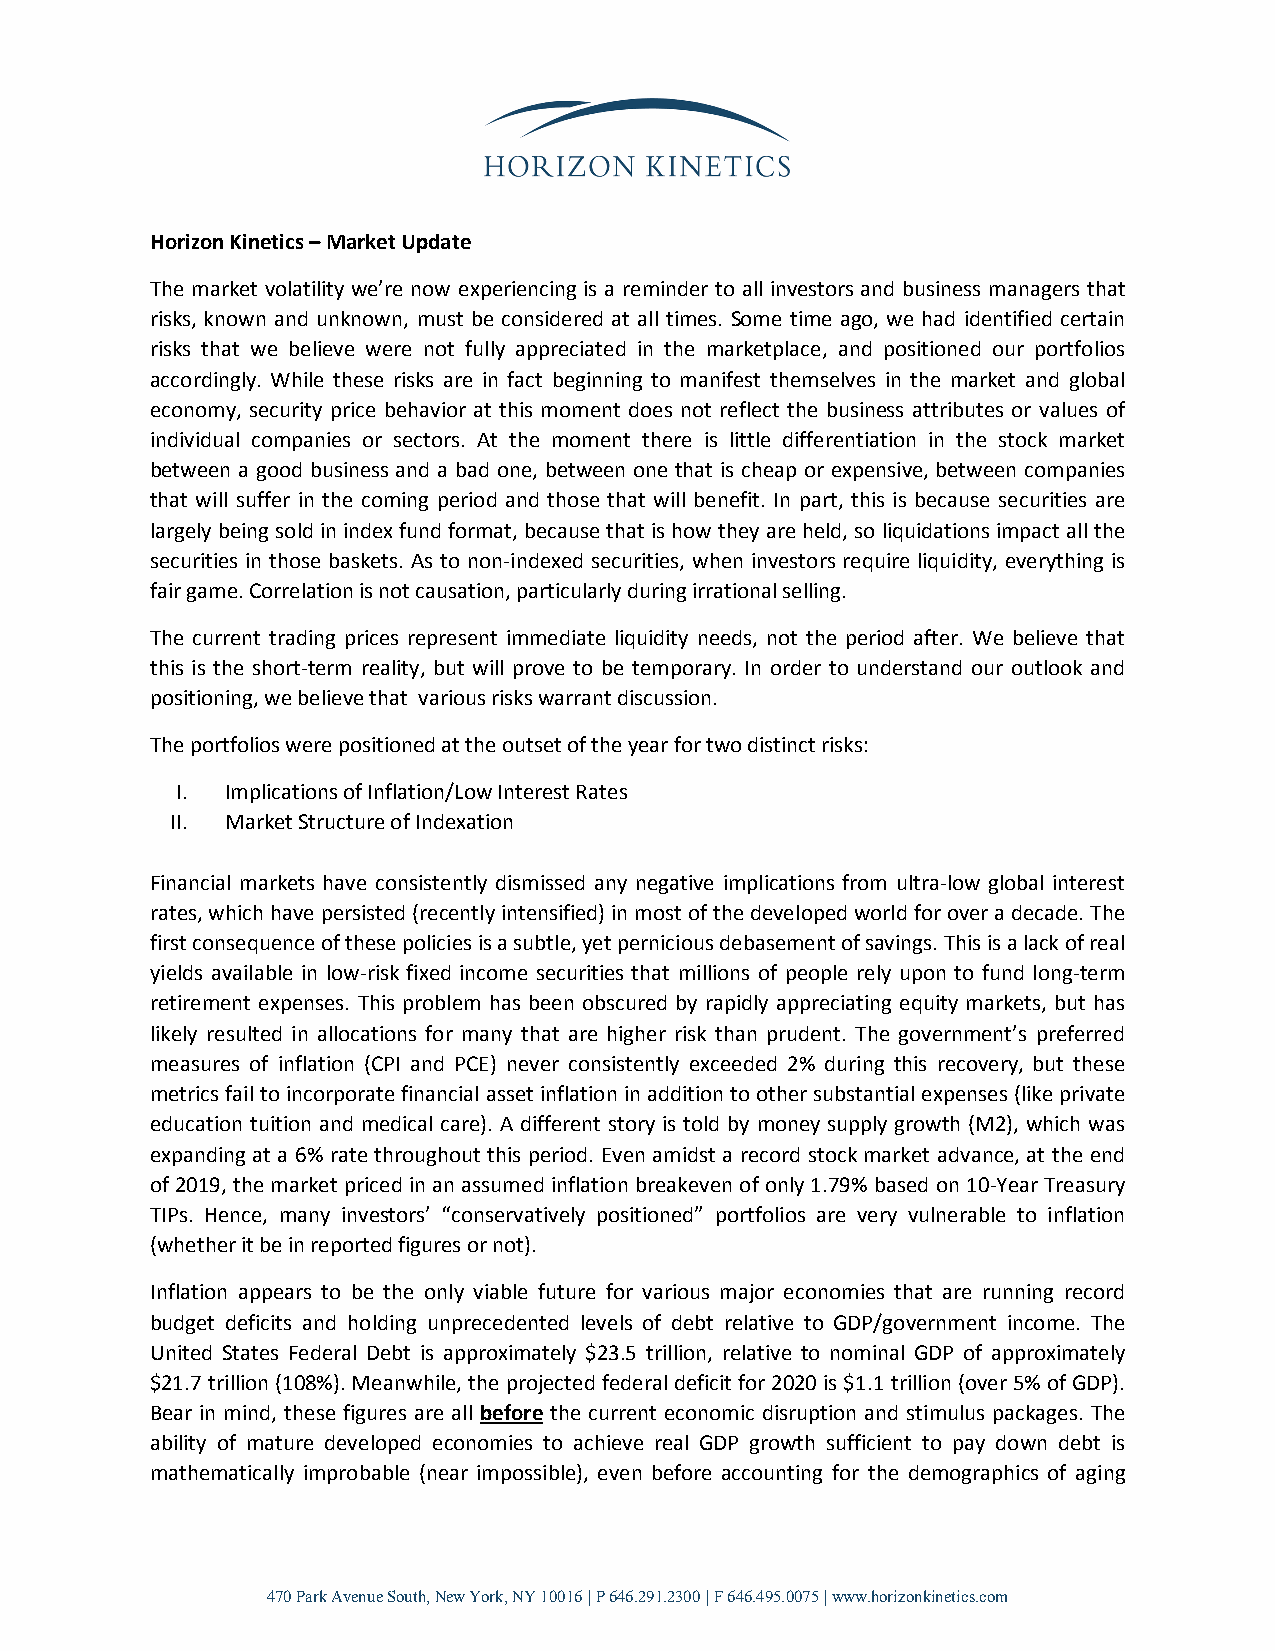
Horizon Kinetics – Market Update
 The market volatility we’re now experiencing is a reminder to all investors and business managers that
 risks, known and unknown, must be considered at all times. Some time ago, we had identified certain
 risks that we believe were not fully appreciated in the marketplace, and positioned our portfolios
 accordingly. While these risks are in fact beginning to manifest themselves in the market and global
 economy, security price behavior at this moment does not reflect the business attributes or values of
 individual companies or sectors. At the moment there is little differentiation in the stock market
 between a good business and a bad one, between one that is cheap or expensive, between companies
 that will suffer in the coming period and those that will benefit. In part, this is because securities are
 largely being sold in index fund format, because that is how they are held, so liquidations impact all the
 securities in those baskets. As to non-indexed securities, when investors require liquidity, everything is
 fair game. Correlation is not causation, particularly during irrational selling.
 The current trading prices represent immediate liquidity needs, not the period after. We believe that
 this is the short-term reality, but will prove to be temporary. In order to understand our outlook and
 positioning, we believe that various risks warrant discussion.
 The portfolios were positioned at the outset of the year for two distinct risks:
 I. Implications of Inflation/Low Interest Rates
 II. Market Structure of Indexation
 Financial markets have consistently dismissed any negative implications from ultra-low global interest
 rates, which have persisted (recently intensified) in most of the developed world for over a decade. The
 first consequence of these policies is a subtle, yet pernicious debasement of savings. This is a lack of real
 yields available in low-risk fixed income securities that millions of people rely upon to fund long-term
 retirement expenses. This problem has been obscured by rapidly appreciating equity markets, but has
 likely resulted in allocations for many that are higher risk than prudent. The government’s preferred
 measures of inflation (CPI and PCE) never consistently exceeded 2% during this recovery, but these
 metrics fail to incorporate financial asset inflation in addition to other substantial expenses (like private
 education tuition and medical care). A different story is told by money supply growth (M2), which was
 expanding at a 6% rate throughout this period. Even amidst a record stock market advance, at the end
 of 2019, the market priced in an assumed inflation breakeven of only 1.79% based on 10-Year Treasury
 TIPs. Hence, many investors’ “conservatively positioned” portfolios are very vulnerable to inflation
 (whether it be in reported figures or not).
 Inflation appears to be the only viable future for various major economies that are running record
 budget deficits and holding unprecedented levels of debt relative to GDP/government income. The
 United States Federal Debt is approximately $23.5 trillion, relative to nominal GDP of approximately
 $21.7 trillion (108%). Meanwhile, the projected federal deficit for 2020 is $1.1 trillion (over 5% of GDP).
 Bear in mind, these figures are all before the current economic disruption and stimulus packages. The
 ability of mature developed economies to achieve real GDP growth sufficient to pay down debt is
 mathematically improbable (near impossible), even before accounting for the demographics of aging
 470 Park Avenue South, New York, NY 10016 | P 646.291.2300 | F 646.495.0075 | www.horizonkinetics.com